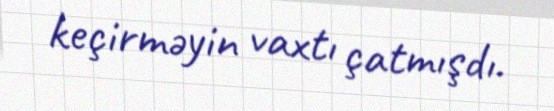
keçirməyin vaxtı çatmışdı.